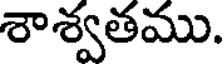
శాశ్వతము.